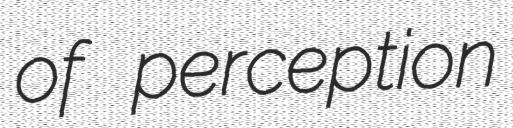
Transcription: of perception